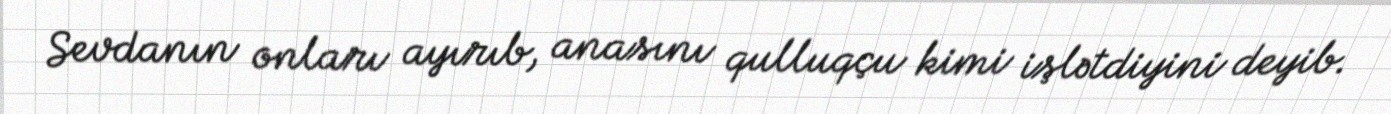
Sevdanın onları ayırıb, anasını qulluqçu kimi işlətdiyini deyib.